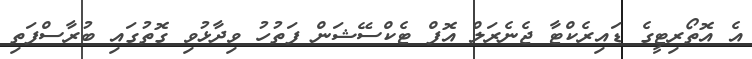
އެ އޮތޯރިޓީގެ ޑައިރެކްޓާ ޖެނެރަލް އޮފް ޓެކްސޭޝަން ފަތުހު ވިދާޅުވި ގޮތުގައި ބުރާސްފަތި